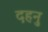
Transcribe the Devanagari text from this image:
दहनु